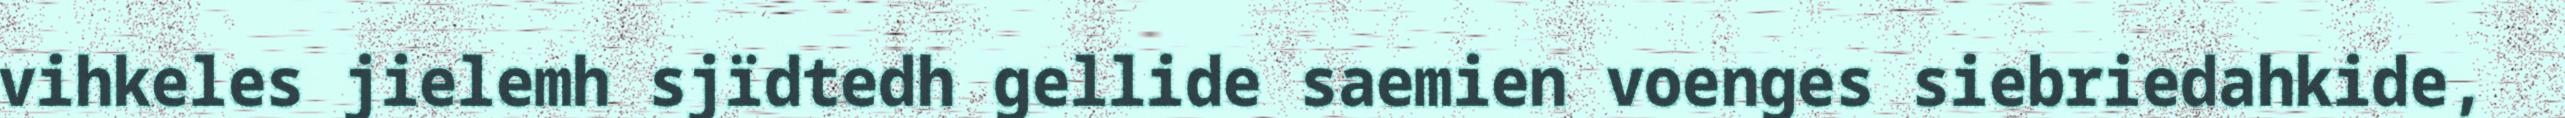
vihkeles jielemh sjïdtedh gellide saemien voenges siebriedahkide,